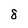
Character: 8